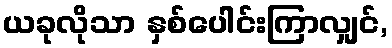
ယခုလိုသာ နှစ်ပေါင်းကြာလျှင်,